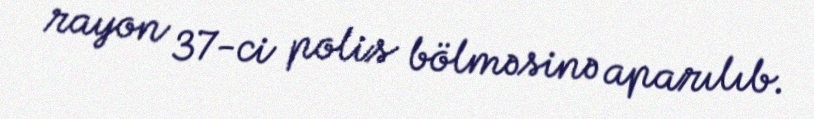
rayon 37-ci polis bölməsinə aparılıb.